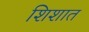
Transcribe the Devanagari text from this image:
शिशात